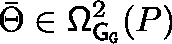
\bar { \Theta } \in \mathsf { \Omega } _ { { \mathsf { G } } _ { \mathtt { G } } } ^ { 2 } ( P )